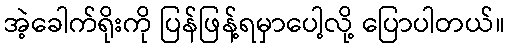
အဲ့ခေါက်ရိုးကို ပြန်ဖြန့်ရမှာပေါ့လို့ ပြောပါတယ်။